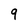
Character: 9